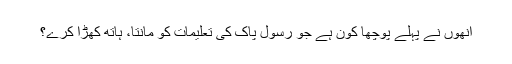
انھوں نے پہلے پوچھا کون ہے جو رسول پاک کی تعلیمات کو مانتا، ہاتھ کھڑا کرے؟